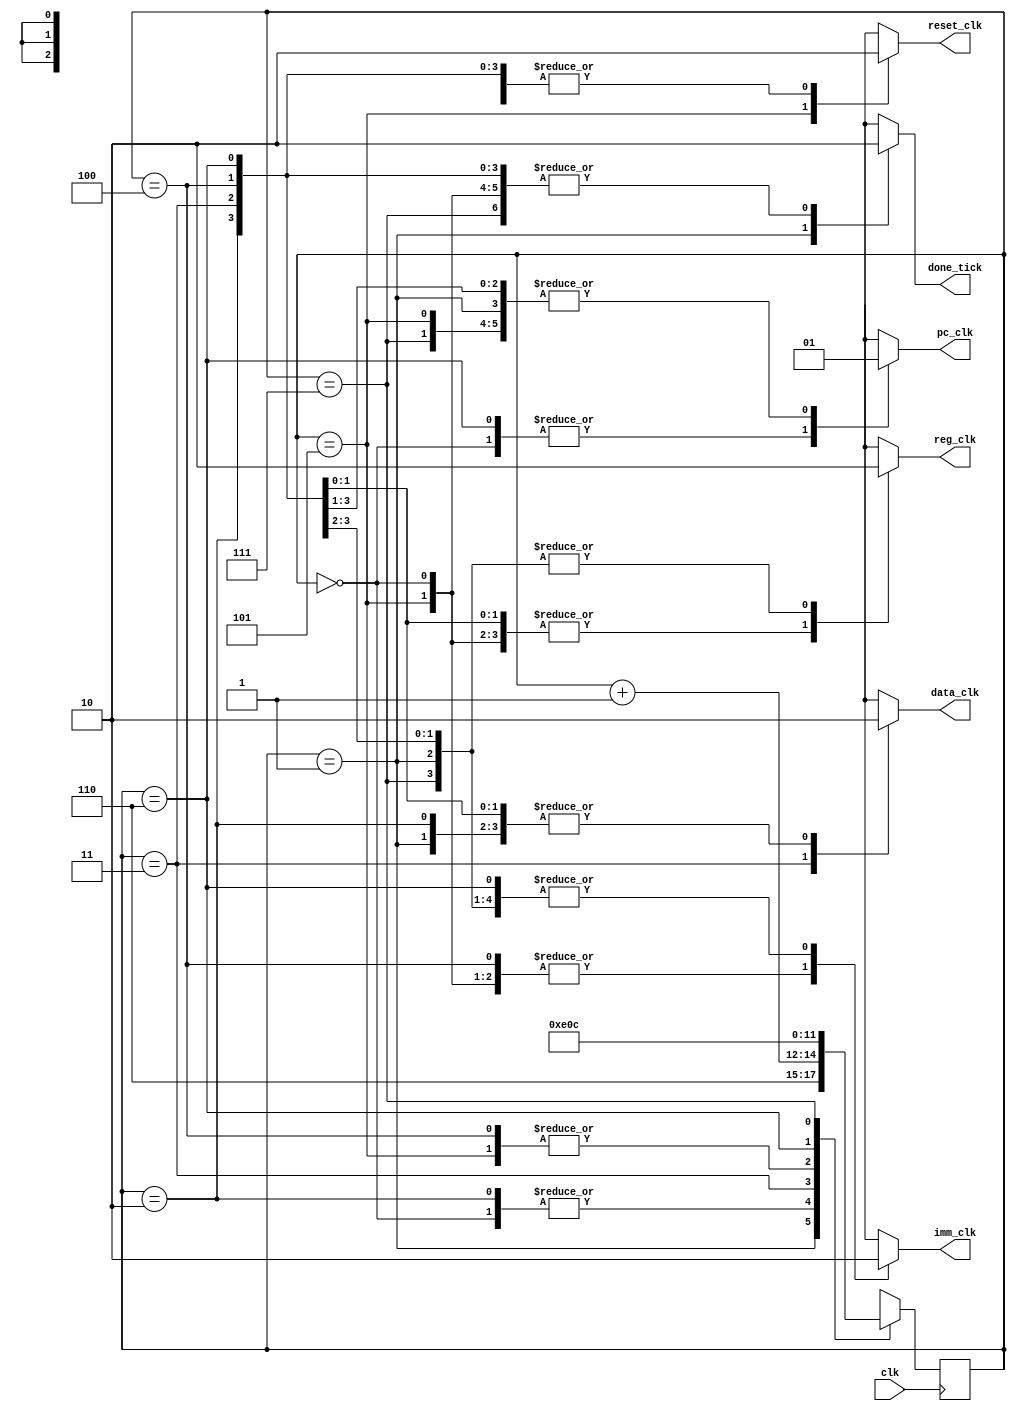
module stage_control (
    input wire clk,
    output reg reg_clk,data_clk,pc_clk,imm_clk,reset_clk,done_tick
);
    parameter IF = 3'b000,
              ID = 3'b001,
              EXE = 3'b010,
              MEM = 3'b011,
              WB = 3'b100,
              RESET = 3'b101,
              DELAY_IF = 3'b110,
              DELAY_MEM = 3'b111;

    reg [2:0] state=3'b101, next_state=3'b101;

    always@(posedge clk) begin
        state<=next_state;
    end


    always@(*) begin
        case(state)
            RESET: begin 
                next_state<=IF;       
                reg_clk <= 1'b1; 
                data_clk <= 1'b0;
                pc_clk <=1'b1;
                imm_clk <= 1'b1;
                reset_clk <= 1'b1;
                done_tick <= 1'b0;
            end
            IF: begin
                next_state<=state+1;
                reg_clk <= 1'b1; 
                data_clk <= 1'b0;
                pc_clk <=1'b0;
                imm_clk <= 1'b1;
                reset_clk <= 1'b0;
                done_tick <= 1'b0;
            end
            ID: begin
                next_state<=DELAY_IF;
                reg_clk <= 1'b0; 
                data_clk <= 1'b0;
                pc_clk <=1'b1;
                imm_clk <= 1'b0;
                reset_clk <= 1'b0;
                done_tick <= 1'b1;
            end
            EXE: begin
                next_state<=state+1;
                reg_clk <= 1'b0; 
                data_clk <= 1'b0;
                pc_clk <=1'b1;
                imm_clk <= 1'b0;
                reset_clk <= 1'b0;
                done_tick <= 1'b0;
            end
            MEM: begin
                next_state<=DELAY_MEM;
                reg_clk <= 1'b0; 
                data_clk <= 1'b1;
                pc_clk <=1'b1;
                imm_clk <= 1'b0;
                reset_clk <= 1'b0;
                done_tick <= 1'b0;
            end
            
            WB: begin
                next_state<=0;
                reg_clk <= 1'b1; 
                data_clk <= 1'b0;
                pc_clk <=1'b1;
                imm_clk <= 1'b1;
                reset_clk <= 1'b0;
                done_tick <= 1'b0;
            end
            DELAY_IF: begin
                next_state<=ID;
                reg_clk <= 1'b1; 
                data_clk <= 1'b0;
                pc_clk <=1'b0;
                imm_clk <= 1'b0;
                reset_clk <= 1'b0;
                done_tick <= 1'b0;
            end

            DELAY_MEM: begin
                next_state<=state+1;
                next_state<=WB;
                reg_clk <= 1'b0; 
                data_clk <= 1'b0;
                pc_clk <=1'b1;
                imm_clk <= 1'b0;
                reset_clk <= 1'b0;
                done_tick <= 1'b0;
            end

        endcase
    end

    

endmodule